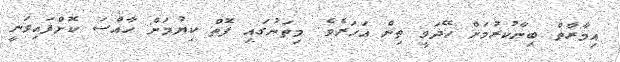
އިމާރާތް ބިނާކުރުމަށް ހޭދަވީ ތިން އަހަރެވެ. މިތަނުގައި ފޮތް ކިޔުމަށް ހާއްސަ ކޮށްފައިވަނީ